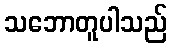
သဘောတူပါသည်